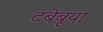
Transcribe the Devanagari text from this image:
टबेबूया